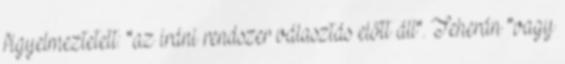
figyelmeztetett: "az iráni rendszer választás előtt áll". Teherán "vagy